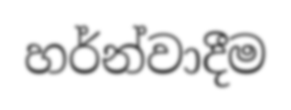
හර්න්වාදීම